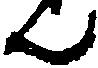
ん